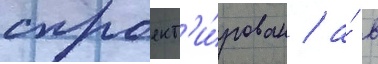
спроект'и́рован / а́ в